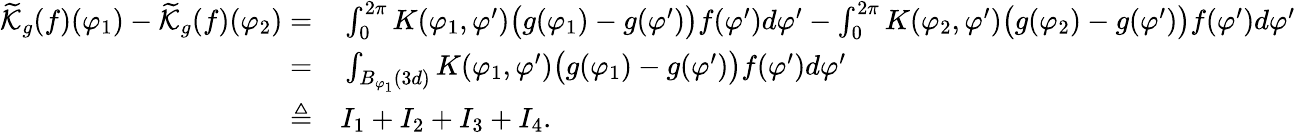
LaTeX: \begin{array}{rl}{\widetilde{\mathcal{K}}_{g}(f)(\varphi_{1})-\widetilde{\mathcal{K}}_{g}(f)(\varphi_{2})=}&{{}\int_{0}^{2\pi}K(\varphi_{1},\varphi^{\prime})\big(g(\varphi_{1})-g(\varphi^{\prime})\big)f(\varphi^{\prime})d\varphi^{\prime}-\int_{0}^{2\pi}K(\varphi_{2},\varphi^{\prime})\big(g(\varphi_{2})-g(\varphi^{\prime})\big)f(\varphi^{\prime})d\varphi^{\prime}}\\ {=}&{{}\int_{B_{\varphi_{1}}(3d)}K(\varphi_{1},\varphi^{\prime})\big(g(\varphi_{1})-g(\varphi^{\prime})\big)f(\varphi^{\prime})d\varphi^{\prime}}\\ {\triangleq}&{{}I_{1}+I_{2}+I_{3}+I_{4}.}\end{array}